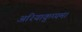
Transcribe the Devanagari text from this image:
अरियाकुप्पम।